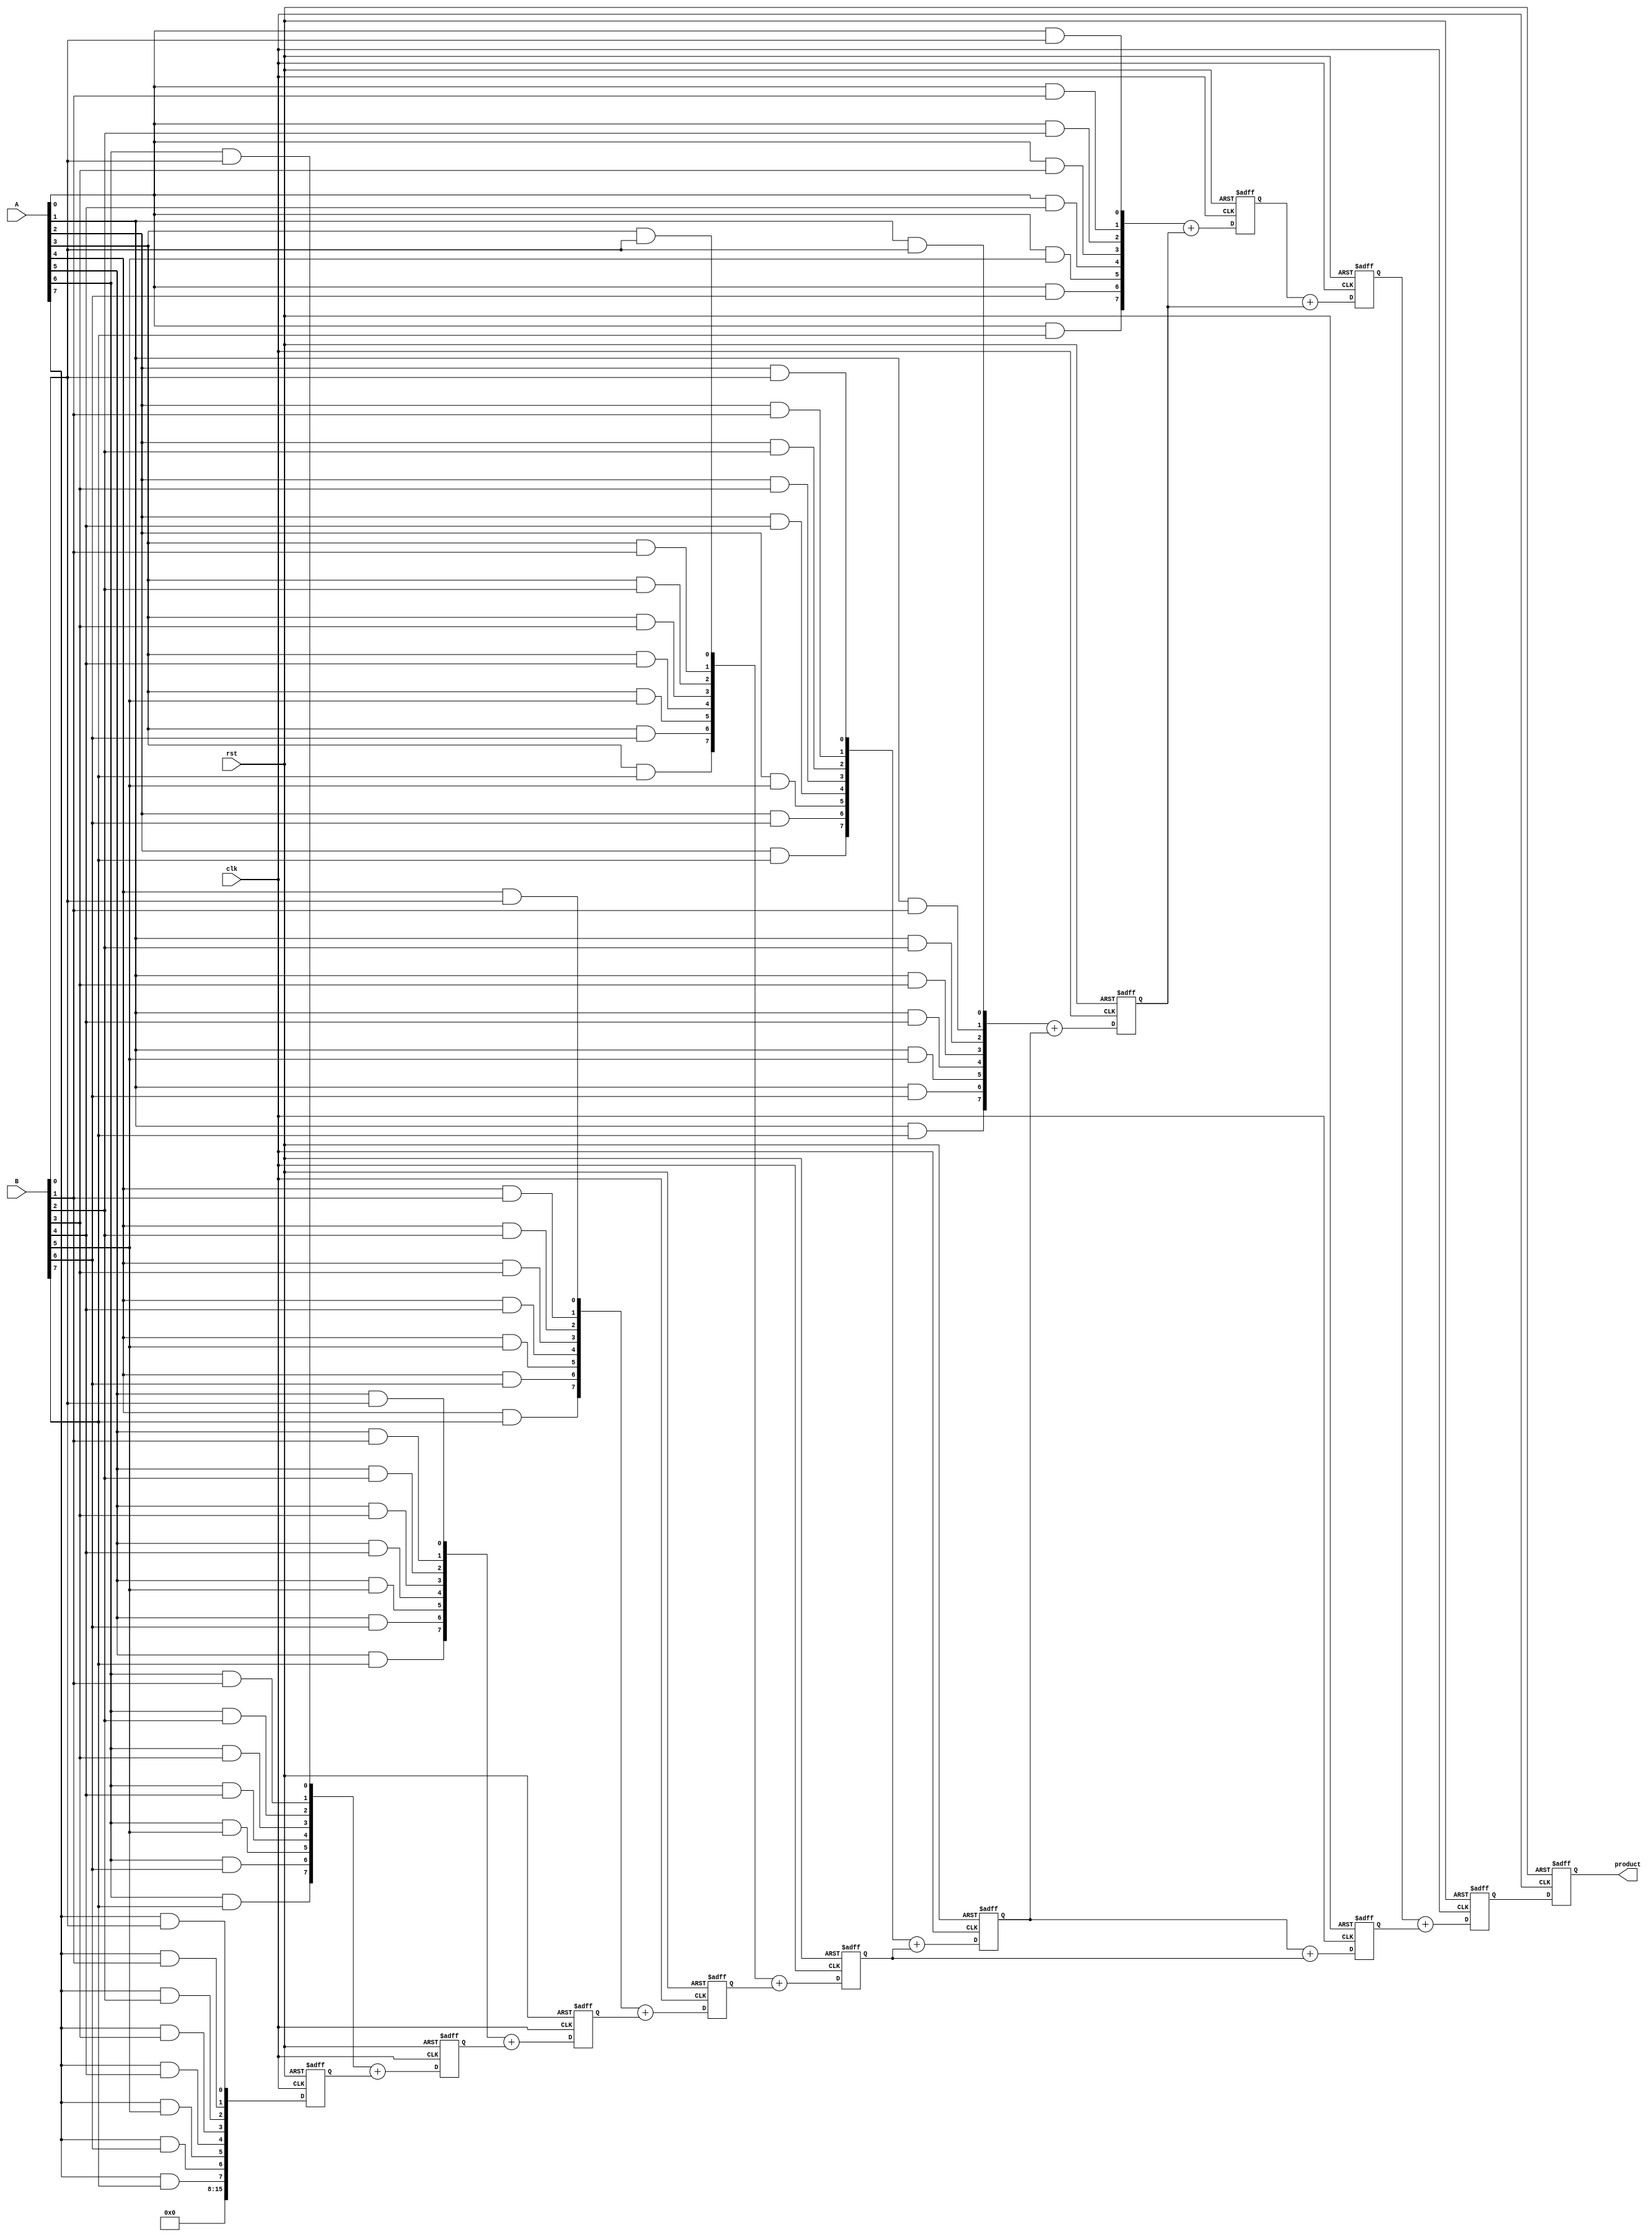
module PipelinedWallaceTreeMultiplier #(parameter N = 8) (
    input clk,
    input rst,
    input [N-1:0] A,
    input [N-1:0] B,
    output reg [2*N-1:0] product
);

    // Intermediate signals
    wire [N-1:0] pp [0:N-1]; // Partial products
    wire [2*N-1:0] sum_stage1 [0:N-1]; // Sums from stage 1
    wire [2*N-1:0] sum_stage2 [0:N/2]; // Sums from stage 2
    wire [2*N-1:0] final_sum; // Final sum
    reg [2*N-1:0] stage1_reg [0:N-1]; // Registers for stage 1
    reg [2*N-1:0] stage2_reg [0:N/2]; // Registers for stage 2
    reg [2*N-1:0] final_reg; // Register for final output

    // Partial Product Generation
    genvar i, j;
    generate
        for (i = 0; i < N; i = i + 1) begin : pp_gen
            for (j = 0; j < N; j = j + 1) begin : pp_inner
                assign pp[i][j] = A[i] & B[j];
            end
        end
    endgenerate

    // Stage 1: Wallace Tree Reduction
    generate
        for (i = 0; i < N; i = i + 1) begin : stage1
            if (i < N-1) begin
                assign sum_stage1[i] = pp[i] + stage1_reg[i+1];
            end else begin
                assign sum_stage1[i] = pp[i];
            end
            always @(posedge clk or posedge rst) begin
                if (rst) begin
                    stage1_reg[i] <= 0;
                end else begin
                    stage1_reg[i] <= sum_stage1[i];
                end
            end
        end
    endgenerate

    // Stage 2: Wallace Tree Reduction
    generate
        for (i = 0; i < N/2; i = i + 1) begin : stage2
            assign sum_stage2[i] = stage1_reg[2*i] + stage1_reg[2*i + 1];
            always @(posedge clk or posedge rst) begin
                if (rst) begin
                    stage2_reg[i] <= 0;
                end else begin
                    stage2_reg[i] <= sum_stage2[i];
                end
            end
        end
    endgenerate

    // Final Addition
    always @(posedge clk or posedge rst) begin
        if (rst) begin
            final_reg <= 0;
        end else begin
            final_reg <= stage2_reg[0] + stage2_reg[1];
        end
    end

    // Output Register
    always @(posedge clk or posedge rst) begin
        if (rst) begin
            product <= 0;
        end else begin
            product <= final_reg;
        end
    end

endmodule